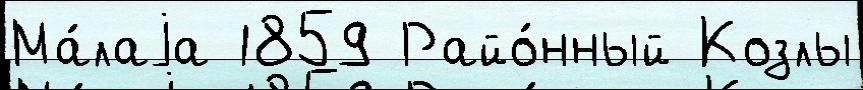
Ма́лаjа 1859 Райо́нный Козлы